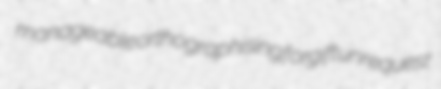
manageable orthographising forgift unrequest